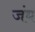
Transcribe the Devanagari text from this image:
जंब